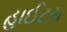
હાઈટસ